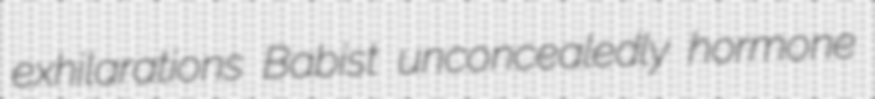
exhilarations Babist unconcealedly hormone